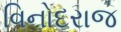
વિનોદરાજ